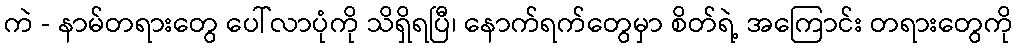
ကဲ - နာမ်တရားတွေ ပေါ်လာပုံကို သိရှိရပြီ၊ နောက်ရက်တွေမှာ စိတ်ရဲ့ အကြောင်း တရားတွေကို